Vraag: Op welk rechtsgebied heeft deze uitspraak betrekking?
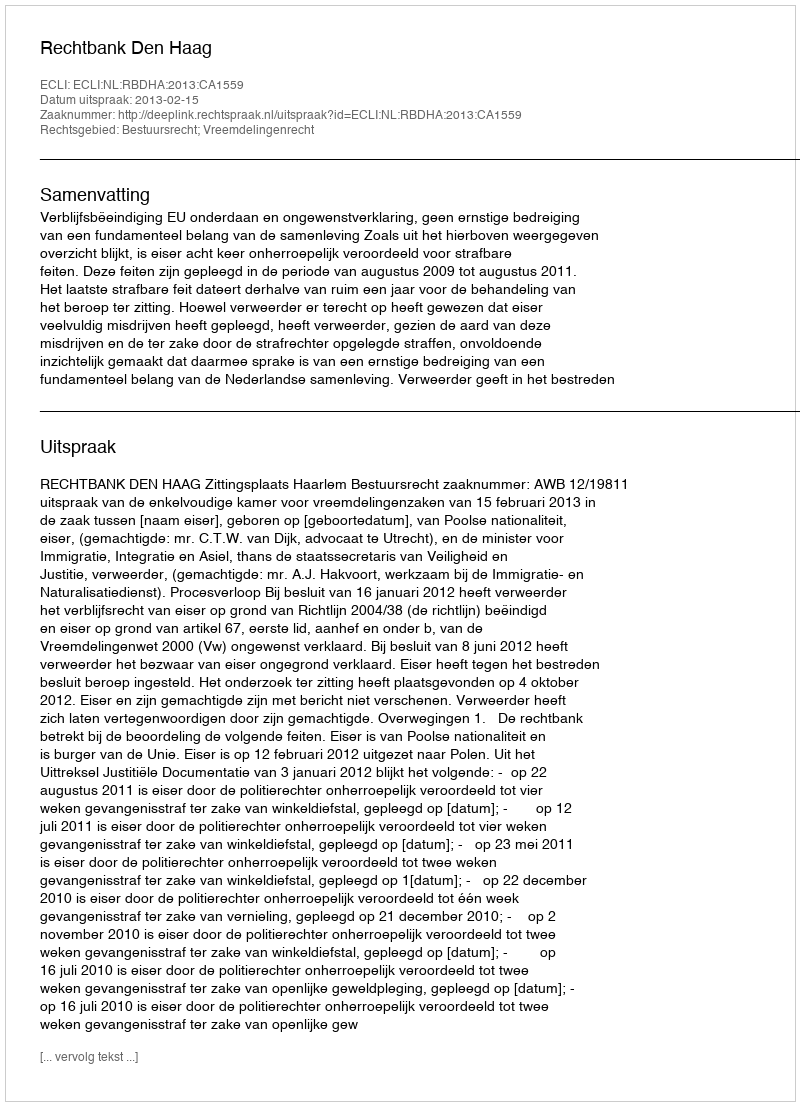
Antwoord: Bestuursrecht; Vreemdelingenrecht